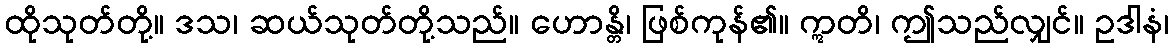
ထိုသုတ်တို့။ ဒသ၊ ဆယ်သုတ်တို့သည်။ ဟောန္တိ၊ ဖြစ်ကုန်၏။ ဣတိ၊ ဤသည်လျှင်။ ဥဒါနံ၊